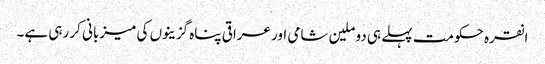
انقرہ حکومت پہلے ہی دو ملین شامی اور عراقی پناہ گزینوں کی میزبانی کر رہی ہے۔